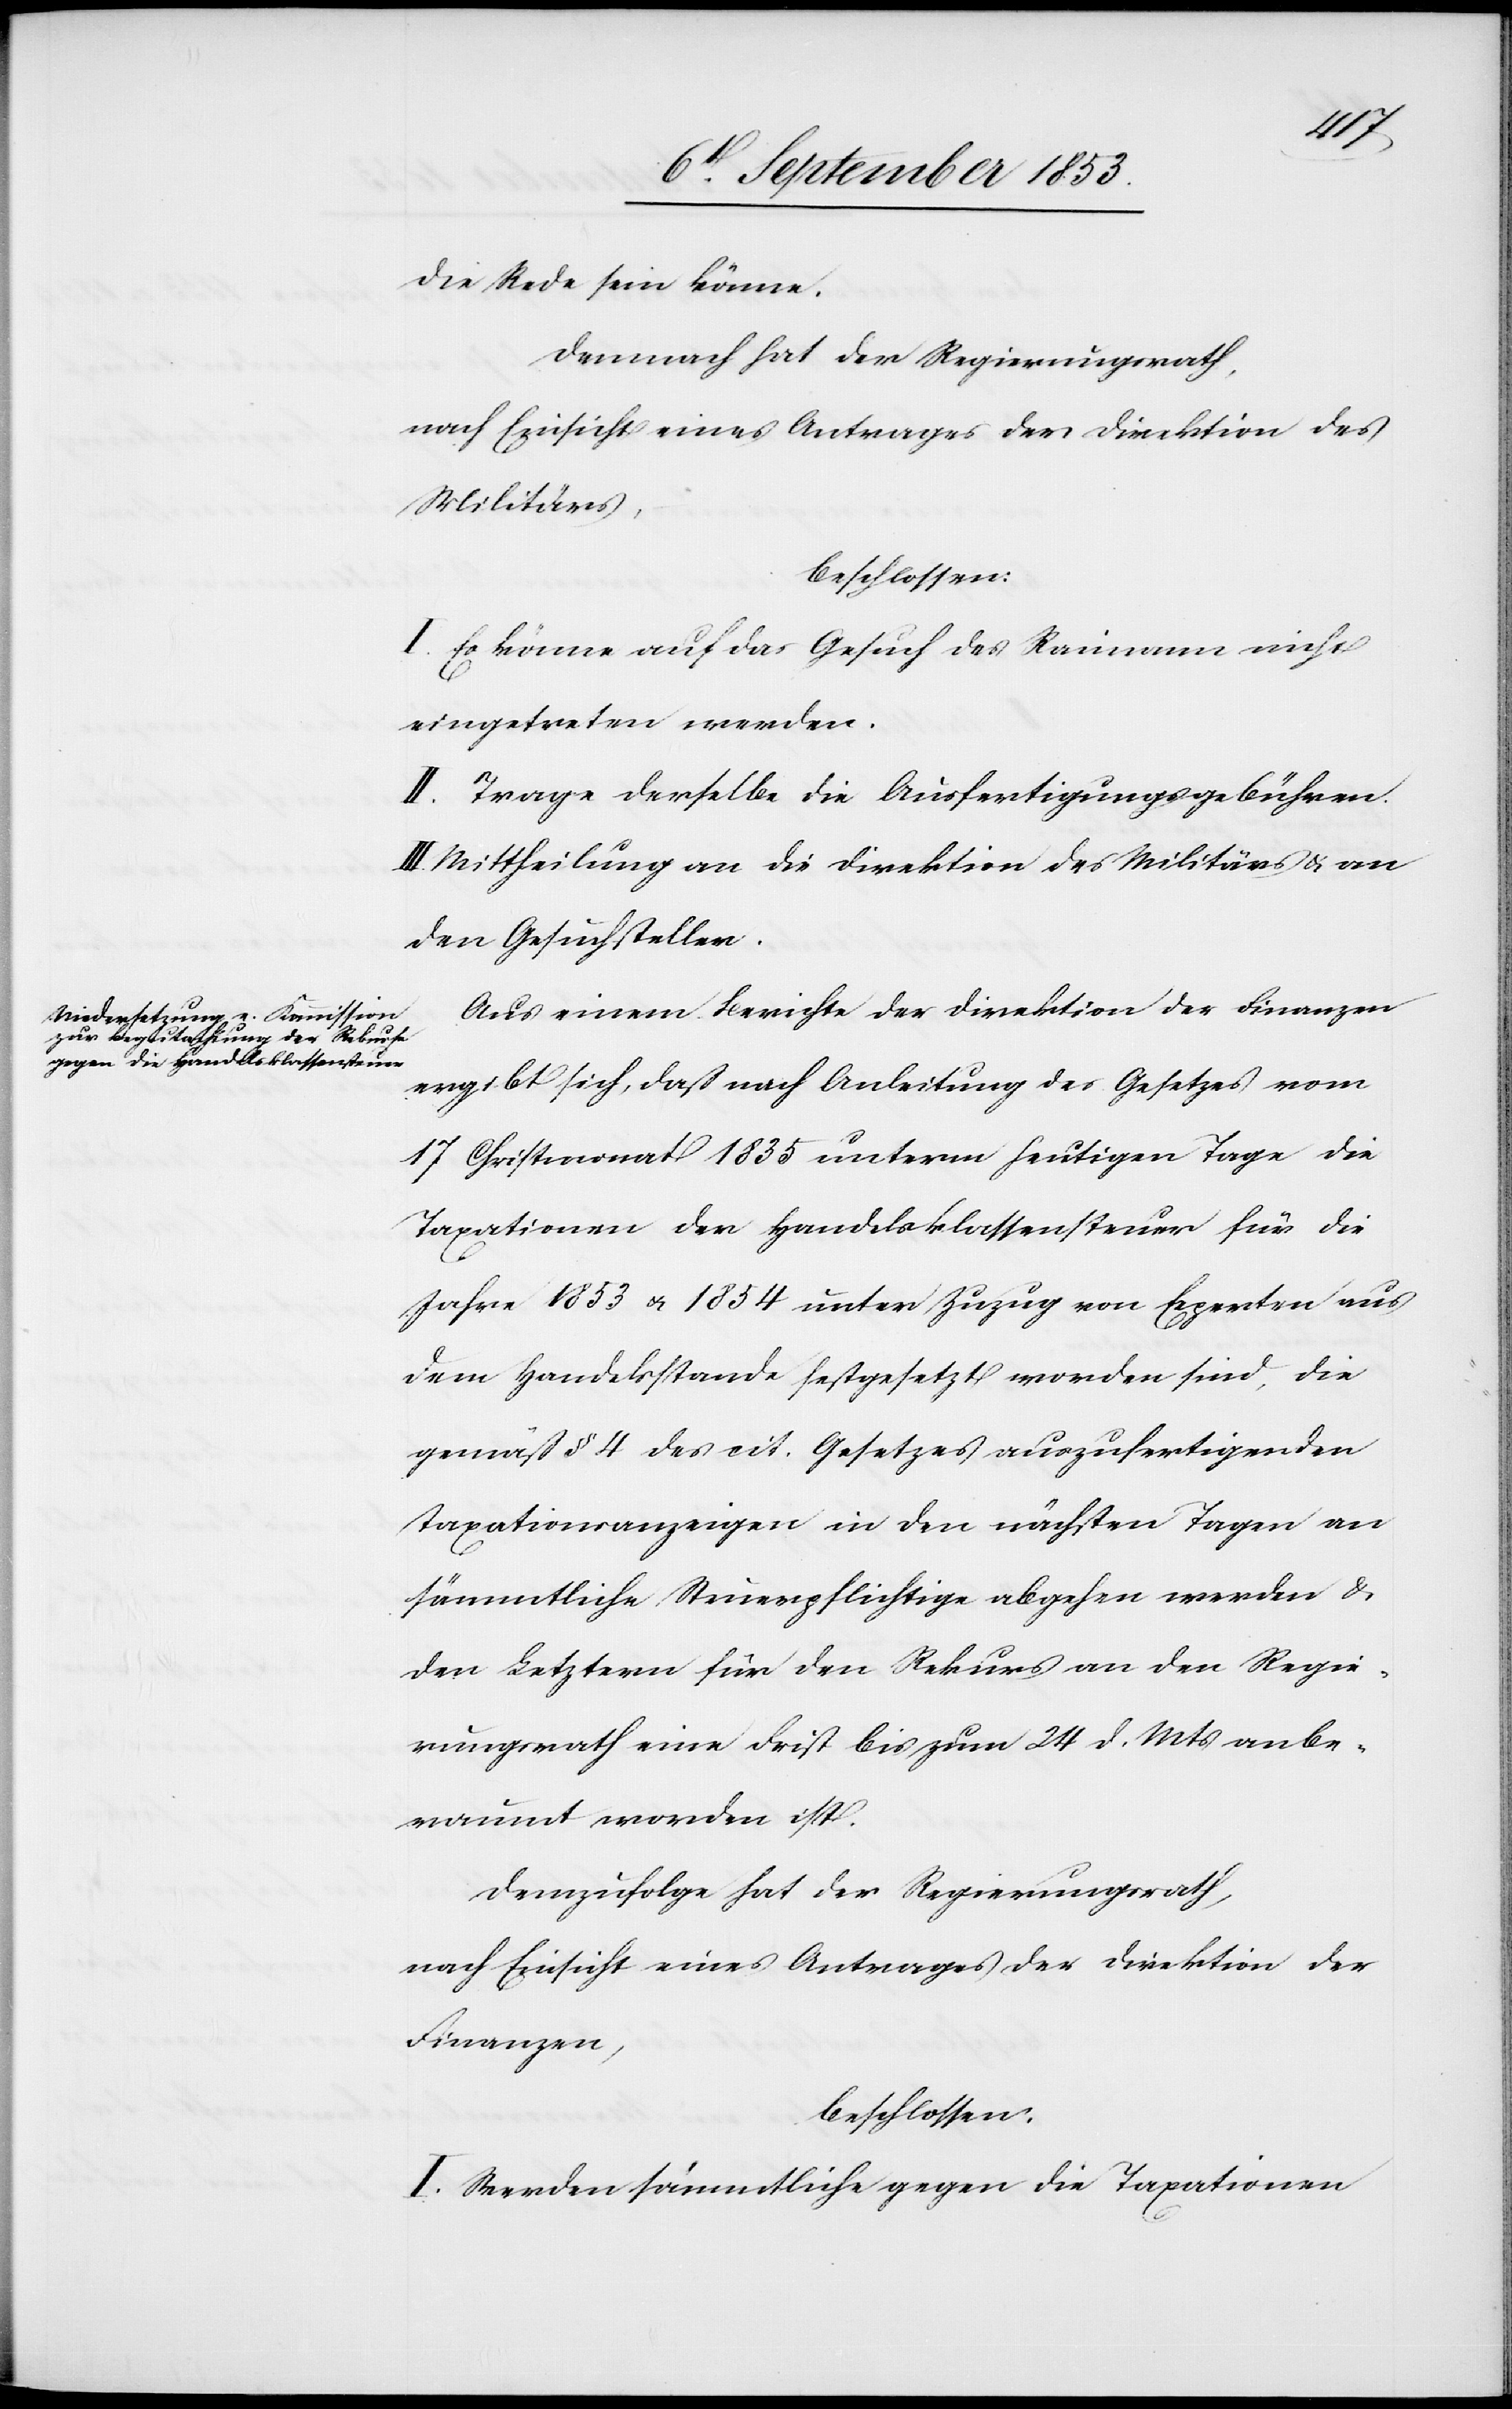
die Rede sein könne.
Demnach hat der Regierungsrath,
nach Einsicht eines Antrages der Direktion des
Militärs,
beschlossen:
I. Es könne auf das Gesuch des Reimann nicht
eingetreten werden.
II. Trage derselbe die Ausfertigungsgebühren.
Mittheilung an die Direktion des Militärs u. an
den Gesuchsteller.
Aus einem Berichte der Direktion der Finanzen
ergibt sich, daß nach Anleitung des Gesetzes vom
17 Christmonat 1835 unterm heutigen Tage die
Taxationen der Handelsklassensteuer für die
Jahre 1853 u. 1854 unter Zuzug von Experten aus
dem Handelsstande festgesetzt worden sind, die
gemäß § 4 des cit. Gesetzes auszufertigenden
Taxationsanzeigen in den nächsten Tagen an
sämmtliche Steuerpflichtige abgehen werden u.
den Letztern für den Rekurs an den Regie¬
rungsrath eine Frist bis zum 24 d. Mts. anbe¬
raumt worden ist.
Demzufolge hat der Regierungsrath,
nach Einsicht eines Antrages der Direktion der
Finanzen,
beschlossen:
I. Werden sämmtliche gegen die Taxationen